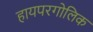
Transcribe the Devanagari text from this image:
हायपरगोलिक